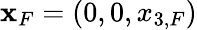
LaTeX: {\mathbf x}_{F}=(0,0,x_{3,F})